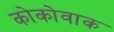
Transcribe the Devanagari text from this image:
कोकोवाक